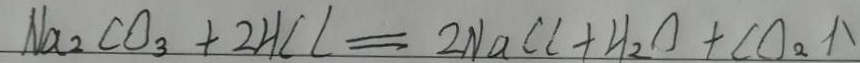
N a _ { 2 } C O _ { 3 } + 2 H C l = 2 N a C l + H _ { 2 } O + C O _ { 2 } \uparrow